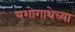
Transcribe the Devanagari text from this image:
यशोगाथेच्या